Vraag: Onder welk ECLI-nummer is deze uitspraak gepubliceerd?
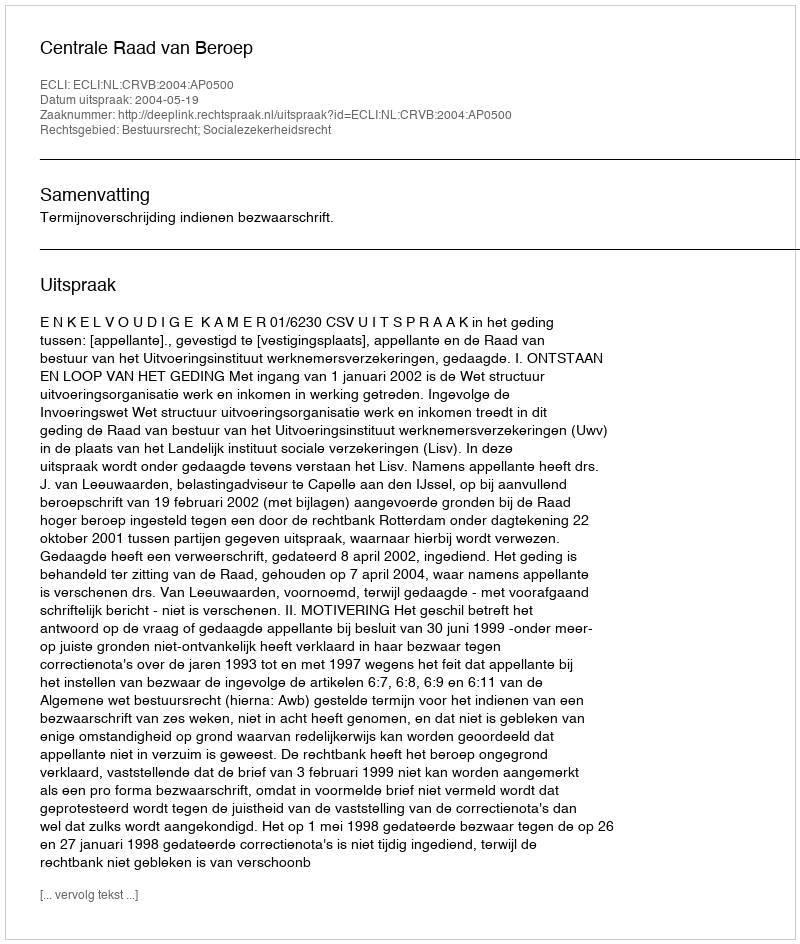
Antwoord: ECLI:NL:CRVB:2004:AP0500